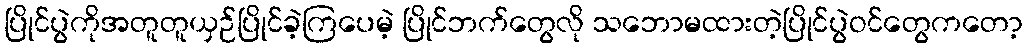
ပြိုင်ပွဲကိုအတူတူယှဉ်ပြိုင်ခဲ့ကြပေမဲ့ ပြိုင်ဘက်တွေလို သဘောမထားတဲ့ပြိုင်ပွဲဝင်တွေကတော့